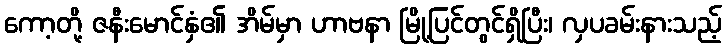
ကော့တို့ ဇနီးမောင်နှံ၏ အိမ်မှာ ဟာဗနာ မြို့ပြင်တွင်ရှိပြီး၊ လှပခမ်းနားသည့်